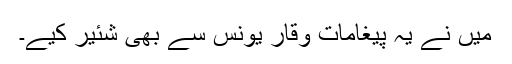
میں نے یہ پیغامات وقار یونس سے بھی شئیر کیے۔